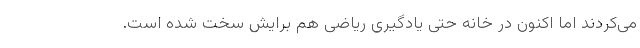
می‌کردند اما اکنون در خانه حتی یادگیری ریاضی هم برایش سخت شده است.